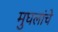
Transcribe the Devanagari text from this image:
मुघलांचे